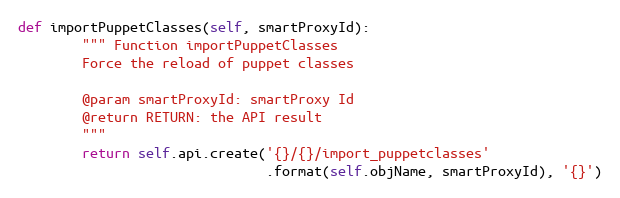
Language: Python
def importPuppetClasses(self, smartProxyId):
        """ Function importPuppetClasses
        Force the reload of puppet classes

        @param smartProxyId: smartProxy Id
        @return RETURN: the API result
        """
        return self.api.create('{}/{}/import_puppetclasses'
                               .format(self.objName, smartProxyId), '{}')